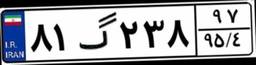
۸۱گ۲۳۸۹۷